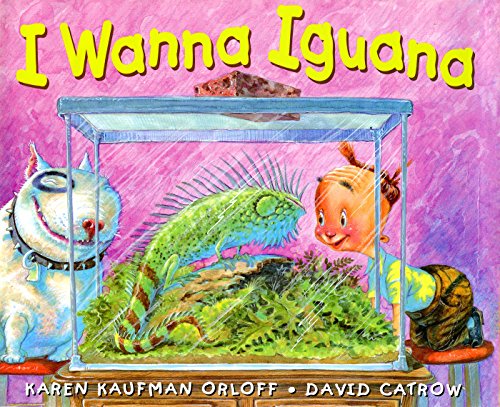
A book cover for I Wanna Iguana; Karen Kaufman Orloff; Children's Books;